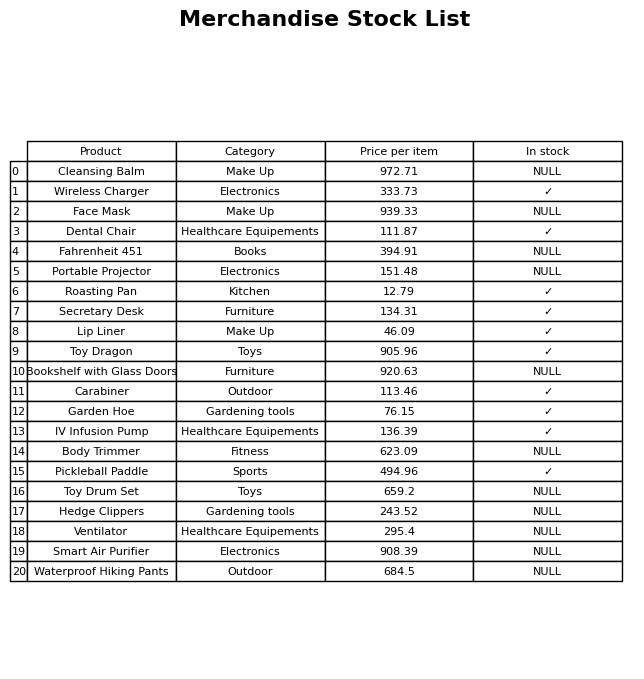
question: What is the price for Carabiner?
answer: The price of Carabiner is 113.46.